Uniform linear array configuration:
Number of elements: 24
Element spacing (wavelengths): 1
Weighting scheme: blackman
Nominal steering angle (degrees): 15
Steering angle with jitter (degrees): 13.134
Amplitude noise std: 0.05
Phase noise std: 0.05

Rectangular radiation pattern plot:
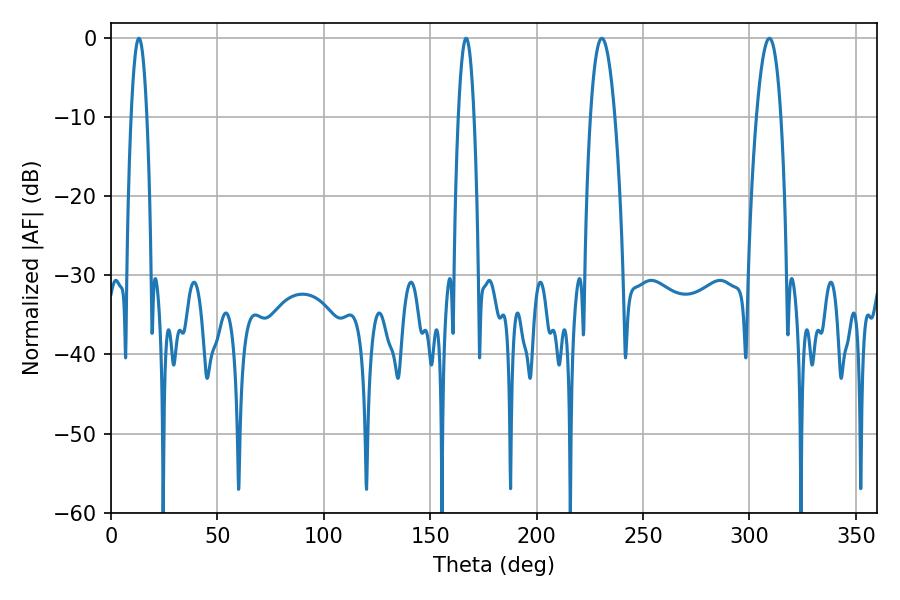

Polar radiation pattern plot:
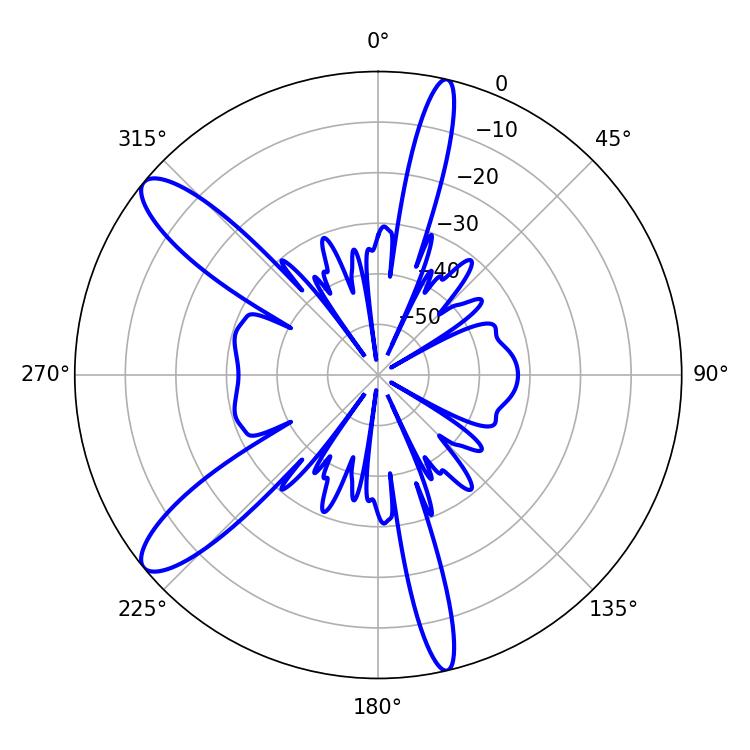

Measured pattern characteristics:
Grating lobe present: TRUE
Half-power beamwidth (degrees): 3.96
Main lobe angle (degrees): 13.14